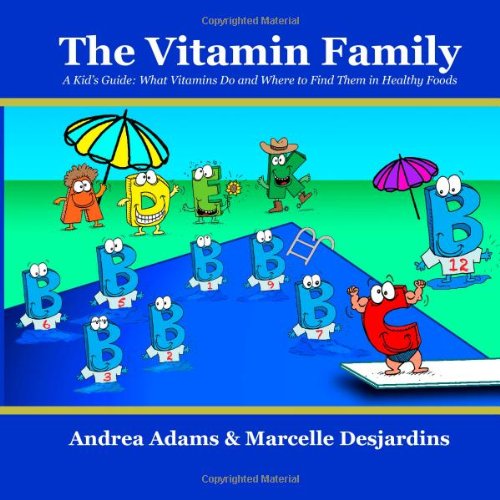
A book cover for The Vitamin Family: A Kid's Guide: What Vitamins Do and Where to Find Them in Healthy Foods; Andrea Adams; Health, Fitness & Dieting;